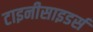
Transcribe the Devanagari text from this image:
टाइनीसाइडर्स